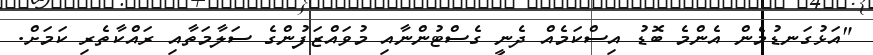
"އަޅުގަނޑުމެން އެންމެ ބޮޑު އިސްކަމެއް ދެނީ ގެސްޓުންނާއި މުވައްޒަފުންގެ ސަލާމަތާއި ރައްކާތެރި ކަމަށް.